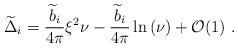
LaTeX: \begin{align*}{\widetilde \Delta}_i={{\widetilde b}_i\over 4\pi}\xi^2\nu- {{\widetilde b}_i\over 4\pi}\ln\left(\nu\right)+{\cal O}(1)~.\end{align*}